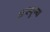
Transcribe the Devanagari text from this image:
अस्पृष्य